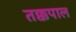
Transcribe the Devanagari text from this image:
तक्कपाल